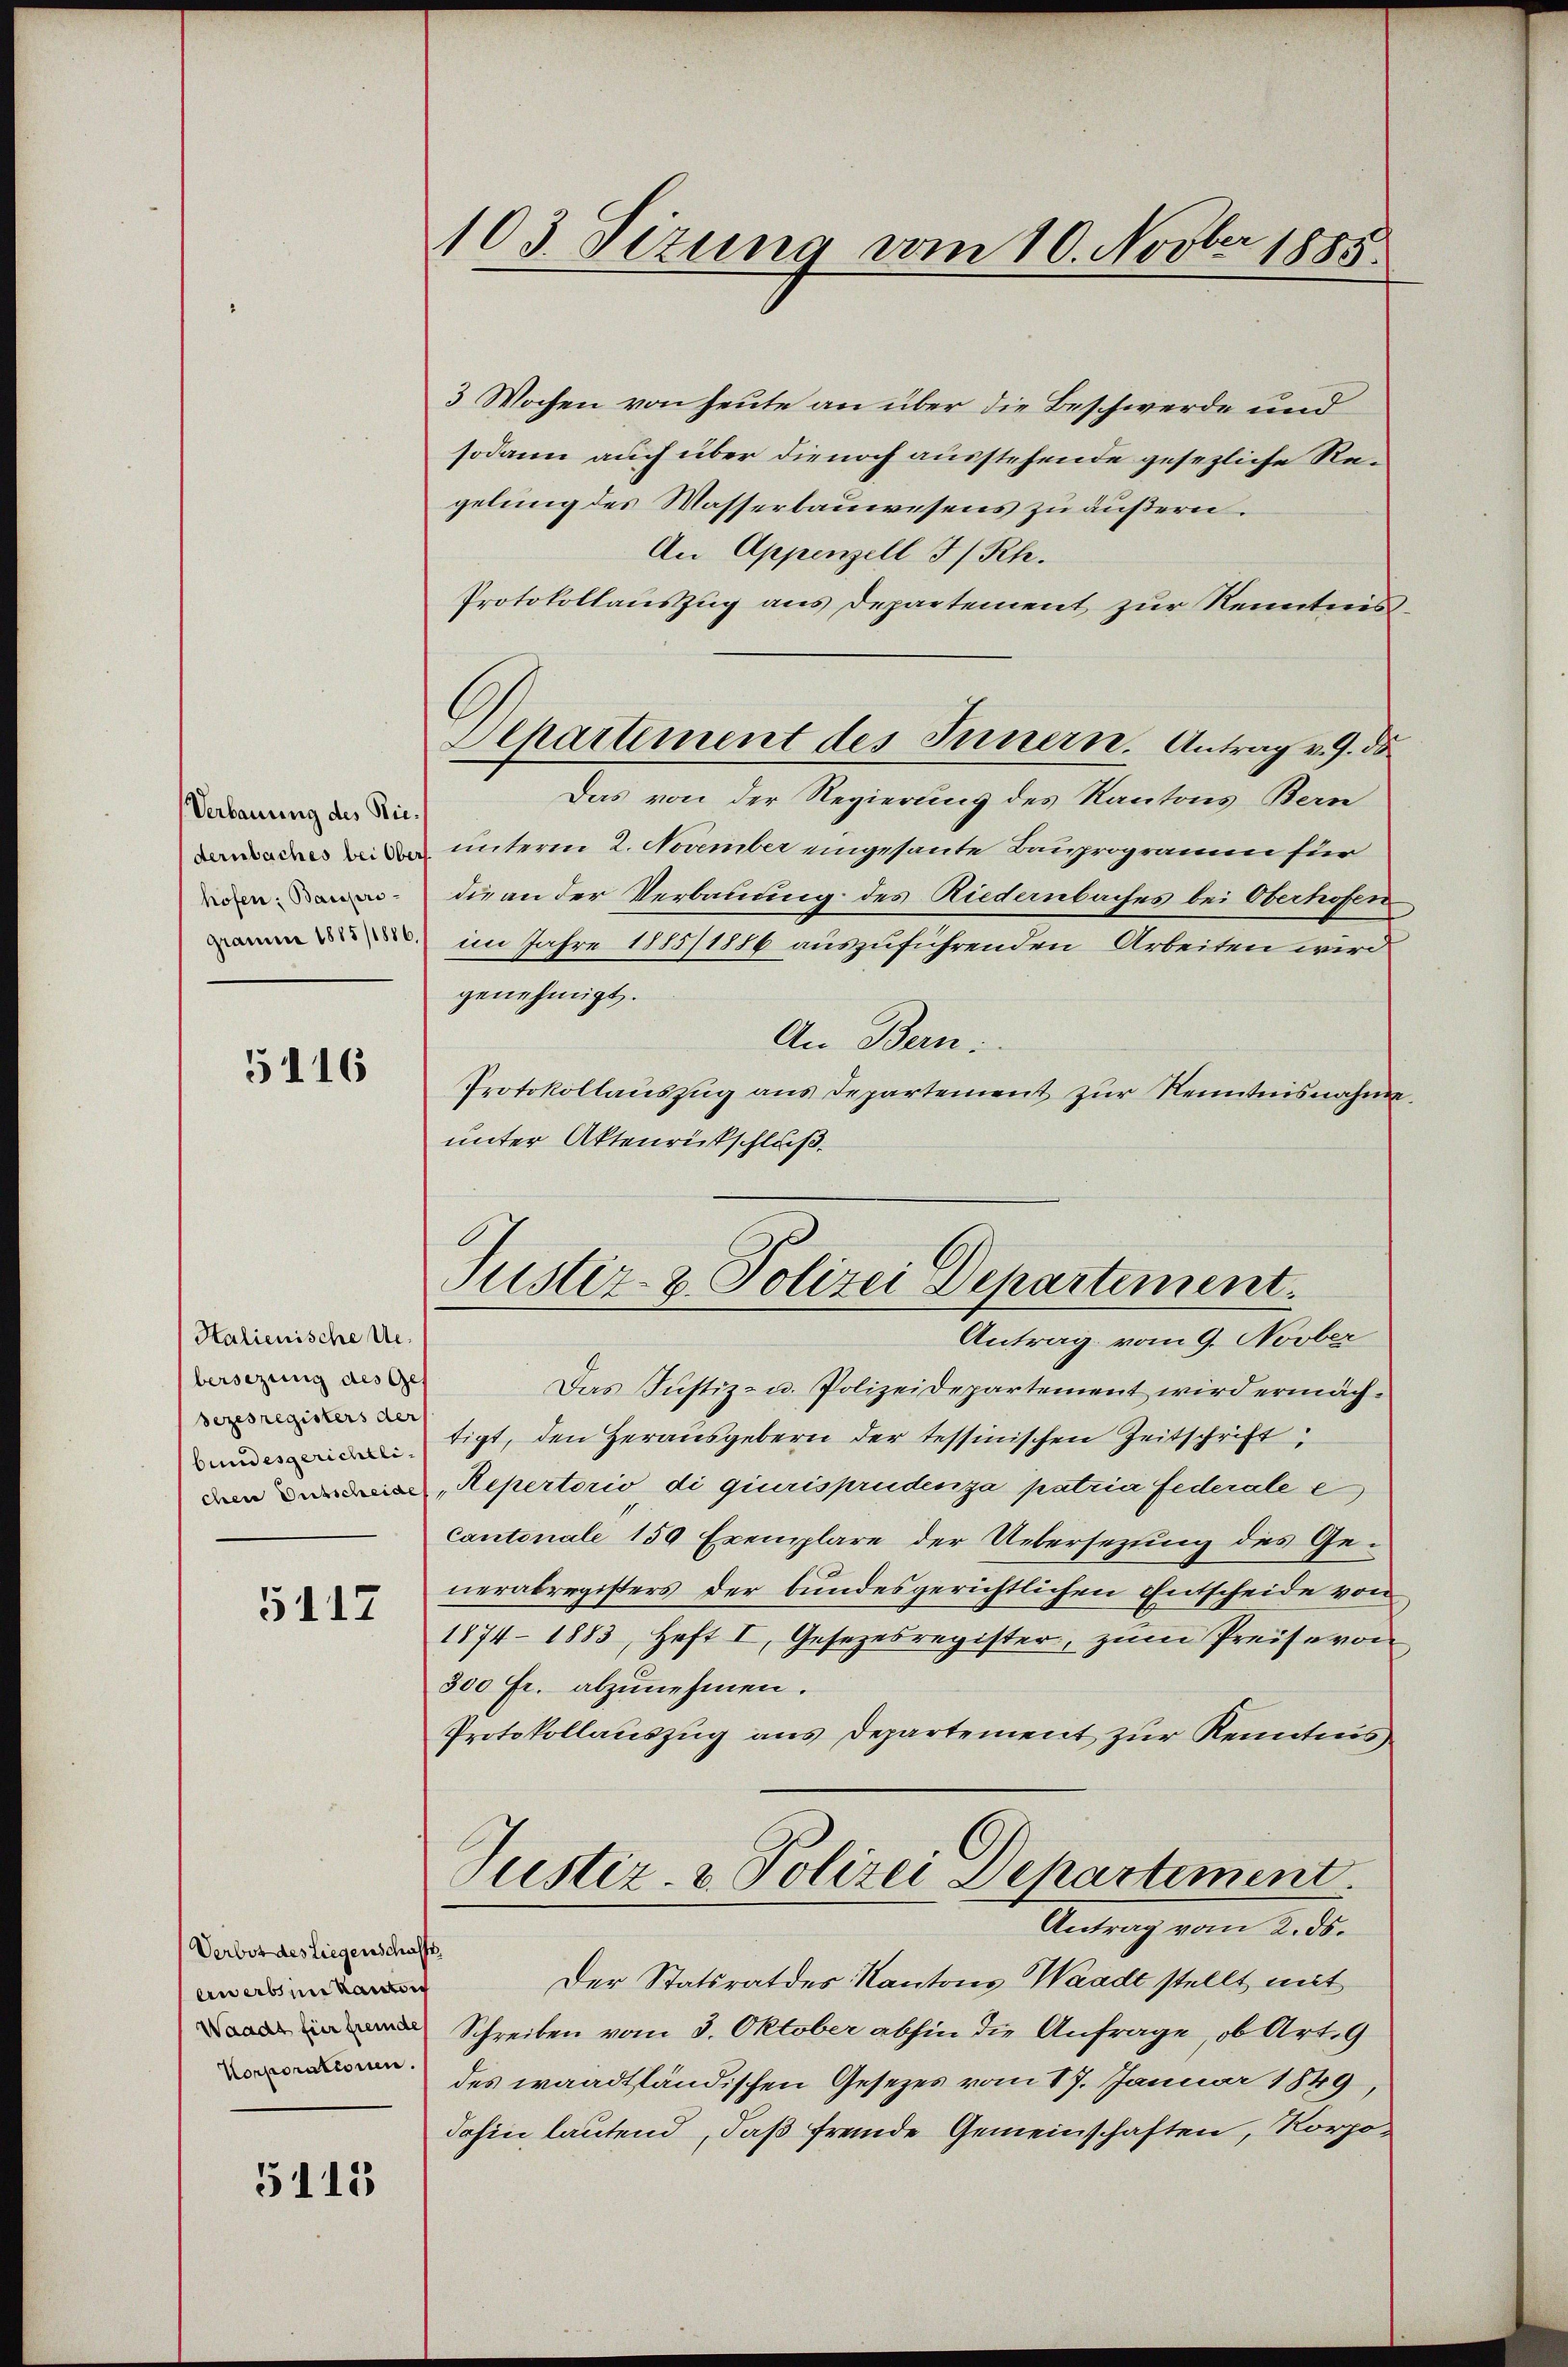
Verbauung des Niedernbaches bei Ober
hofen: Baroprigramme 1885/1886.

5116

Halienische Uebersezung des Ges
sezesregisters der
bundesgerichtlichere Dietscheide

5117

Verbot des Liegenschaffe
erwerbsin kanton
Waadt für fremde
Korporationen.

5115

103. Sizung vom 10. Novber 1885.

Departement des Innern. Antrag v. 9. ds

3 Wochen von heute an über die Beschwerde und
sodann auch über die noch ausstehende gesezliche Regelung des Wasserbauwesens zu äußern.
An Appenzell I/Rh.
Protokollauszug aus Departement zur Kenntnis¬
Das von der Regierung des Kantons Bern
unterm 2. November eingesante Bauprogramm für
die an der Verbauung des Riedernbaches bei Oberhofen
im Jahre 1885/1886 auszuführenden Arbeiten wird
genehmigt.
An Bern:
Protokollauszug aus Departement zŭr Kenntnisnahme.
unter Aktenrückschluß.

Justiz- & Polizei Departement.
Antrag vom 9. Novber

Das Justiz- u. Polizeidepartement wird ermächtigt, den Herausgebern der tessinischen Zeitschrift
Repertorio di giurisprudenza patria Federale e
Cantonale 150 Exemplare der Uebersezung des Generabregisters der bundesgerichtlichen Entscheide von
1874-1883, Heft I, Gesezesregister, zum Preise von
300 fr. abzunehmen.
Protokollauszug aus Departement zur Kenntnis
Justiz- & Polizei Departement
Antrag vom 2. ds.
Der Statsrat des Kantons Waadt stellt mit
Schreiben vom 3. Oktober abhin die Anfrage, ob Art. 9
des waadtländischen Gesezes vom 17. Januar 1849
dahin lautend, daß fremde Gemeinschaften, Korpo-